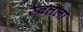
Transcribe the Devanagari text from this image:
स्वतला